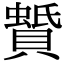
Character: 𧷑